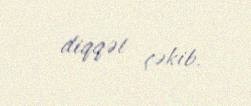
diqqət çəkib.